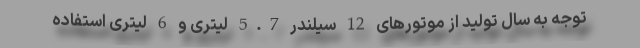
توجه به سال تولید از موتورهای 12 سیلندر 5.7 لیتری و 6 لیتری استفاده